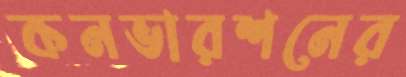
কনভারশনের